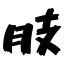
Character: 肢